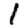
Digit: 1